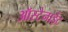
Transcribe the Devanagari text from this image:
ऑस्टेनाईट